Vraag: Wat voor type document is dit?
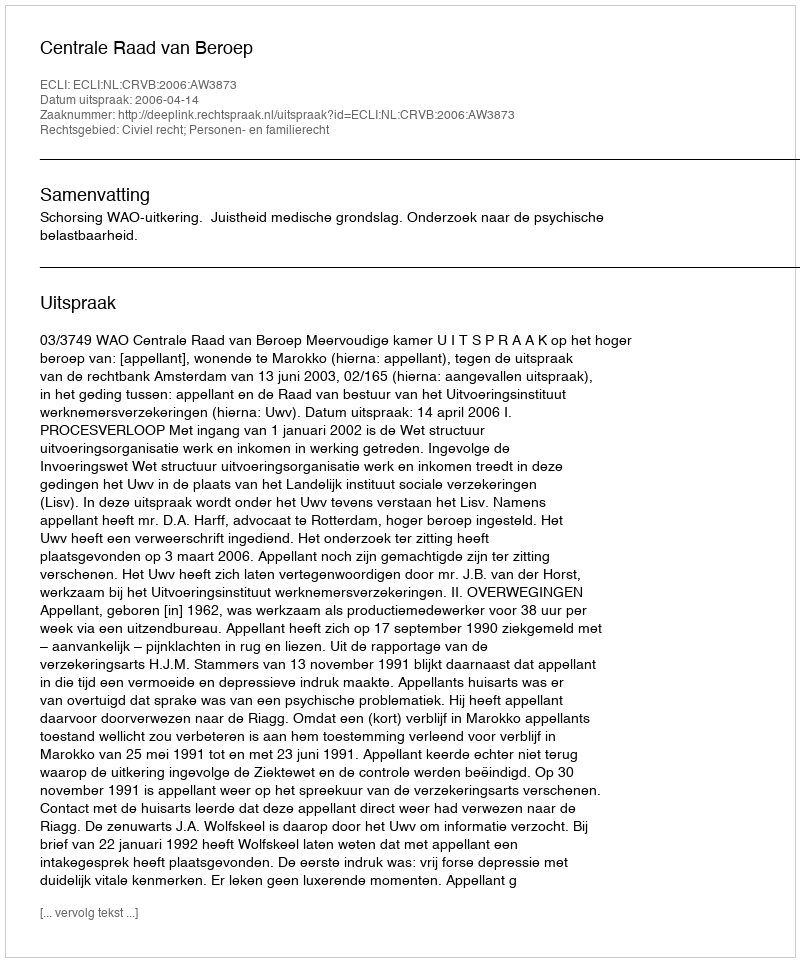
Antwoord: Uitspraak